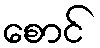
စောင်